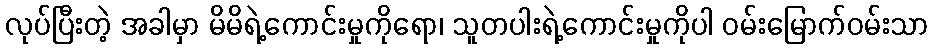
လုပ်ပြီးတဲ့ အခါမှာ မိမိရဲ့ကောင်းမှုကိုရော၊ သူတပါးရဲ့ကောင်းမှုကိုပါ ဝမ်းမြောက်ဝမ်းသာ